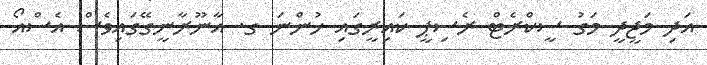
އަދި މަޖީދީ މަގު ސީކްރެޓް ރެސިޕީ ކައިރީގައި ހުންނަ ގ. އާނޫރާނީގޭގައިވެސް އެސްއޯ